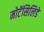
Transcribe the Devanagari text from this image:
मोटॅसिलिडे